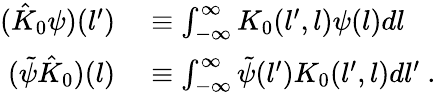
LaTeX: \begin{array}{rl}{(\hat{K}_{0}\psi)(l^{\prime})}&{{}\equiv\int_{-\infty}^{\infty}K_{0}(l^{\prime},l)\psi(l)dl}\\ {(\tilde{\psi}\hat{K}_{0})(l)}&{{}\equiv\int_{-\infty}^{\infty}\tilde{\psi}(l^{\prime})K_{0}(l^{\prime},l)dl^{\prime}\ .}\end{array}